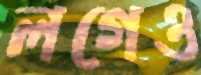
লগেও